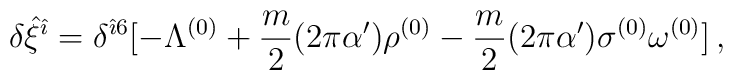
\delta {\hat \xi}^{{\hat \imath}}=\delta^{{\hat \imath}6}[-\Lambda^{(0)}+\frac{m}{2}(2\pi\alpha^\prime){\rho}^{(0)}-\frac{m}{2}(2\pi\alpha^\prime)\sigma^{(0)}\omega^{(0)}]\, ,